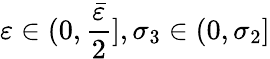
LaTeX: \varepsilon\in(0,\frac{\bar{\varepsilon}}{2}],\sigma_{3}\in(0,\sigma_{2}]